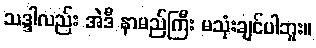
သဒ္ဒါလည်း အဲဒီ နာမည်ကြီး မသုံးချင်ပါဘူး။